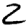
Digit: 2